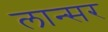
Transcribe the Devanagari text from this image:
लान्सर